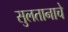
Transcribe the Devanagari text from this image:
सुलतानाचे